Report on the working of the Ranchi Indian Mental Hospital, Kanke, in Bihar and Orissa - 1930-1940
Year: 1930
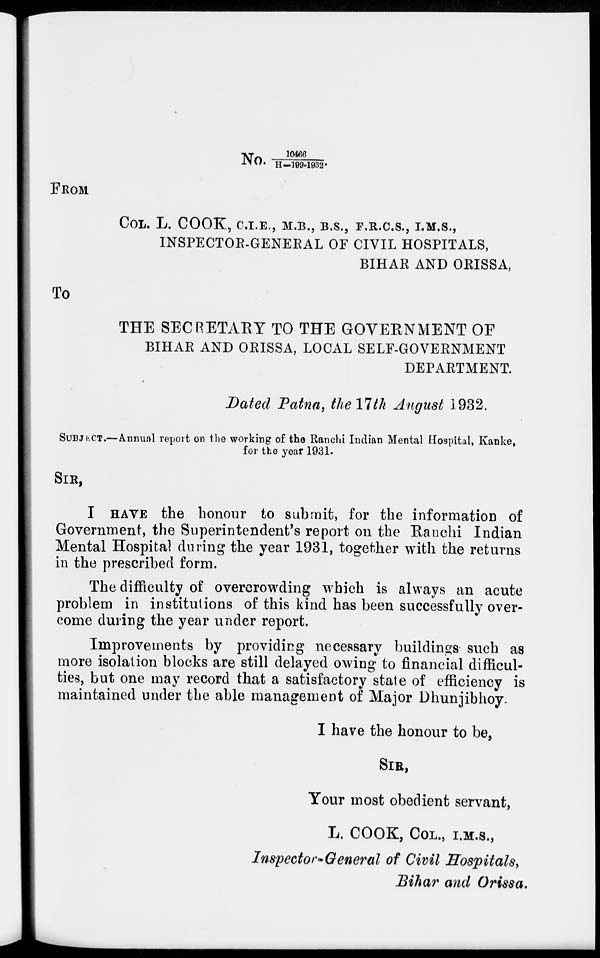
No. 10466/ H-199-1932
FROM
COL. L. COOK, C.I.E., M.B., B.S., F.R.C.S., I.M.S.,
INSPECTOR-GENERAL OF CIVIL HOSPITALS,
BIHAR AND ORISSA,
To
THE SECRETARY TO THE GOVERNMENT OF
BIHAR AND ORISSA, LOCAL SELF-GOVERNMENT
DEPARTMENT.
Dated Patna, the 17th August 1932.
SUBJECT.—Annual report on the working of the Ranchi Indian Mental Hospital, Kanke,
for the year 1931.
SIR,
I HAVE the honour to submit, for the information of
Government, the Superintendent's report on the Ranchi Indian
Mental Hospital during the year 1931, together with the returns
in the prescribed form.
The difficulty of overcrowding which is always an acute
problem in institutions of this kind has been successfully over-
come during the year under report.
Improvements by providing necessary buildings such as
more isolation blocks are still delayed owing to financial difficul-
ties, but one may record that a satisfactory state of efficiency is
maintained under the able management of Major Dhunjibhoy.
I have the honour to be,
SIR,
Your most obedient servant,
L. COOK, COL., I.M.S.,
Inspector-General of Civil Hospitals,
Bihar and Orissa,